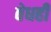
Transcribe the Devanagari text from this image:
वेधही